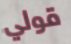
قولي